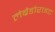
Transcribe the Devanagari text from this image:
लेब्रैडोराइट